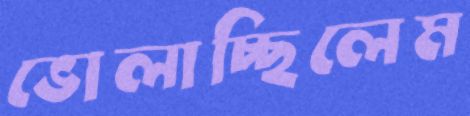
ভোলাচ্ছিলেম